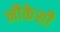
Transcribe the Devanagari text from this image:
नौकेशी